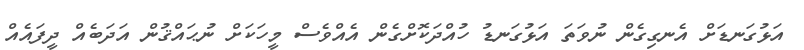
އަޅުގަނޑަށް އެނގިގެން ނުވަތަ އަޅުގަނޑު ހުއްދަކޮށްގެން އެއްވެސް މީހަކަށް ނުޙައްޤުން އަދަބެއް ދީފައެއް